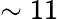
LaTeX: \sim 11